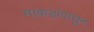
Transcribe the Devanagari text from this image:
माकडांपासुन